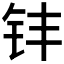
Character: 𮷷